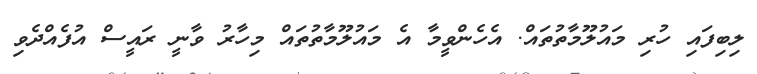
ލިބިފައި ހުރި މައުލޫމާތުތައް. އެހެންވީމާ އެ މައުލޫމާތުތައް މިހާރު ވާނީ ރައީސް އުފެއްދެވި